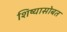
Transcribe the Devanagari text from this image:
शिष्यासोबत